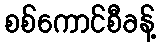
စစ်ကောင်စီခန့်